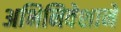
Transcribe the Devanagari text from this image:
अभिनिवेशाने